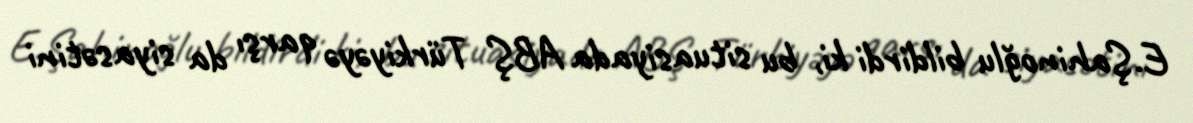
E.Şahinoğlu bildirdi ki, bu situasiyada ABŞ Türkiyəyə qarşı da siyasətini